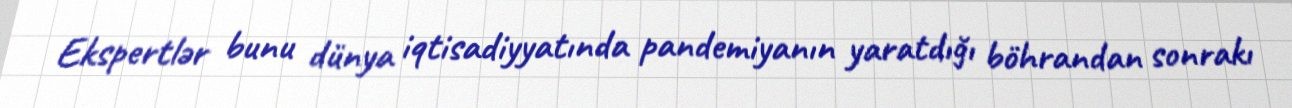
Ekspertlər bunu dünya iqtisadiyyatında pandemiyanın yaratdığı böhrandan sonrakı